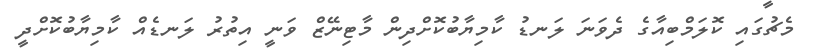
މެޗުގައި ކޮލަމްބިއާގެ ދެވަނަ ލަނޑު ކާމިޔާބުކޮށްދިން މާޓިނޭޒް ވަނީ އިތުރު ލަނޑެއް ކާމިޔާބުކޮށްދީ